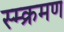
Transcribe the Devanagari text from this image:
स्म्क्रमण